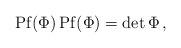
LaTeX: \begin{align*}{\rm Pf} (\Phi) \, {\rm Pf} (\Phi)= \det \Phi \, ,\end{align*}